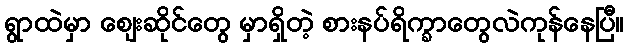
ရွာထဲမှာ ဈေးဆိုင်တွေ မှာရှိတဲ့ စားနပ်ရိက္ခာတွေလဲကုန်နေပြီ။